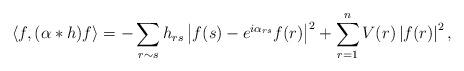
LaTeX: \begin{align*}\langle f, (\alpha*h)f \rangle = -\sum_{r \sim s} h_{rs}\left|f(s) - e^{i\alpha_{rs}}f(r)\right|^2 + \sum_{r=1}^n V(r) \left|f(r)\right|^2, \end{align*}